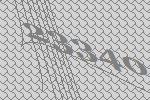
23340